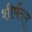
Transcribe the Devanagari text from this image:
शीर्षतम्